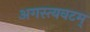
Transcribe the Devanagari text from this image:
अगस्त्यवटम्